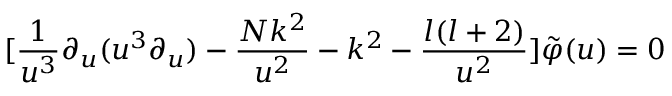
[ \frac { 1 } { u ^ { 3 } } \partial _ { u } ( u ^ { 3 } \partial _ { u } ) - \frac { N k ^ { 2 } } { u ^ { 2 } } - k ^ { 2 } - \frac { l ( l + 2 ) } { u ^ { 2 } } ] \tilde { \varphi } ( u ) = 0